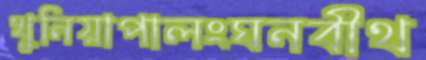
খুনিয়াপালংঘনবীথ